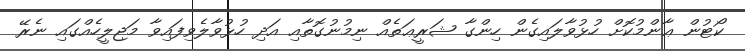
ކޯޓުން ޢާންމުކޮށް ހުޅުވާލައިގެން ހިންގާ ޝަރީޢަތެއް ނިމުނުގޮތާއި އަދި ހުޅުވާލެވިފައިވާ މަޖިލީހެއްގައި ނެރޭ